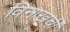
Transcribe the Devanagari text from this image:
विनाखर्ची